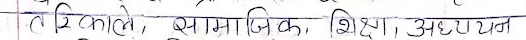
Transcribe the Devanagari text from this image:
टिकाले, सामाजिक, शिक्षा, अध्ययन